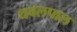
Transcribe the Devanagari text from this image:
धवलपाल